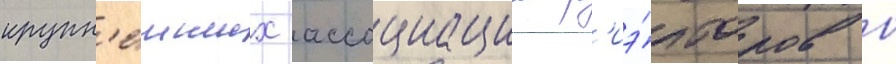
крупн'еиших ассоциации р'иэ́лторов в